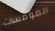
المومسات